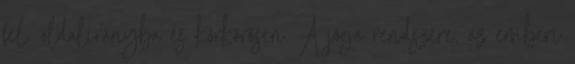
fel, oldalirányba és körkörösen. A jóga rendszere, az emberi